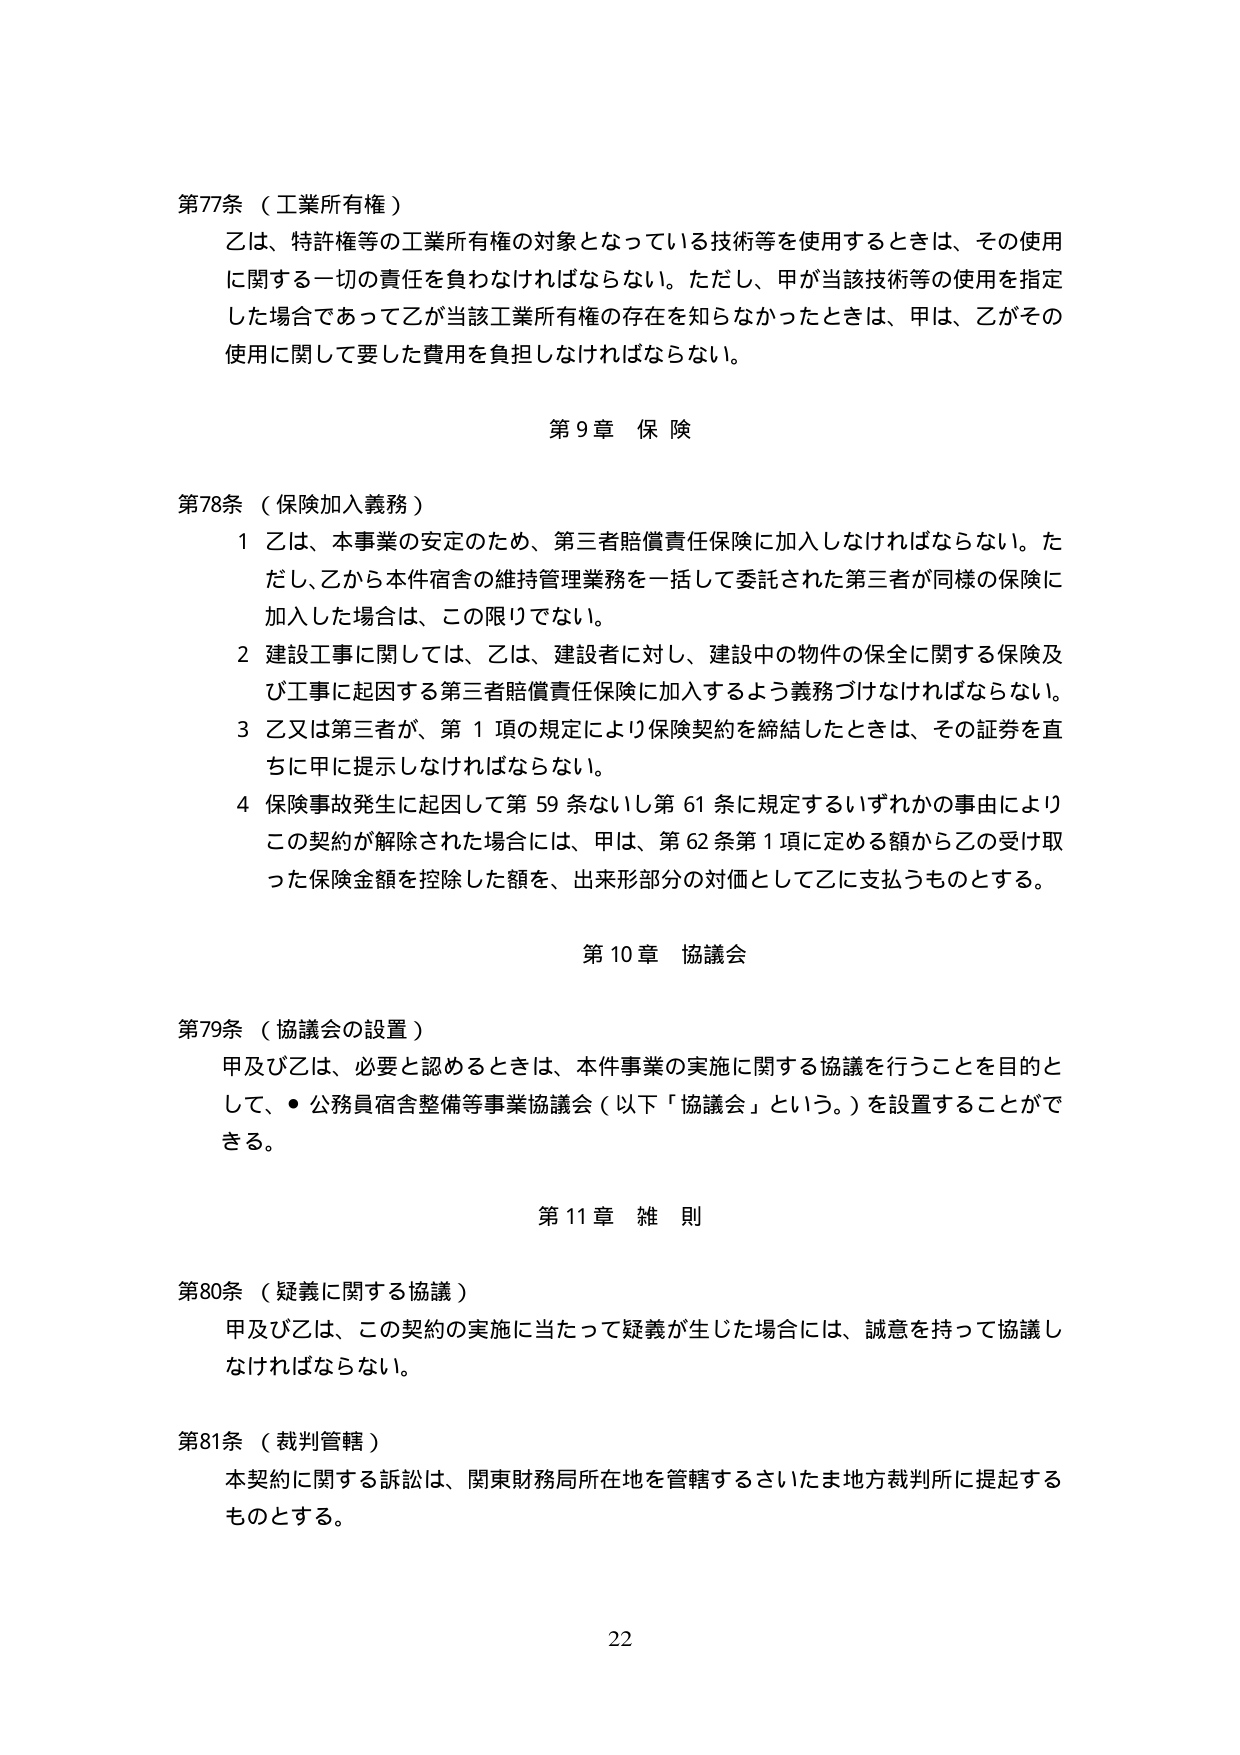
第77条（工業所有権）
乙は、特許権等の工業所有権の対象となっている技術等を使用するときは、その使用に関する一切の責任を負わなければならない。ただし、甲が当該技術等の使用を指定した場合であって乙が当該工業所有権の存在を知らなかったときは、甲は、乙がその使用に関して要した費用を負担しなければならない。

第9章 保険

第78条（保険加入義務）
1 乙は、本事業の安定のため、第三者賠償責任保険に加入しなければならない。ただし、乙から本件宿舎の維持管理業務を一括して委託された第三者が同様の保険に加入した場合は、この限りでない。
2 建設工事に関しては、乙は、建設者に対し、建設中の物件の保全に関する保険及び工事に起因する第三者賠償責任保険に加入するよう義務づけなければならない。
3 乙又は第三者が、第1項の規定により保険契約を締結したときは、その証券を直ちに甲に提示しなければならない。
4 保険事故発生に起因して第59条ないし第61条に規定するいずれかの事由によりこの契約が解除された場合には、甲は、第62条第1項に定める額から乙の受け取った保険金額を控除した額を、出来形部分の対価として乙に支払うものとする。

第10章 協議会

第79条（協議会の設置）
甲及び乙は、必要と認めるときは、本件事業の実施に関する協議を行うことを目的として、・公務員宿舎整備等事業協議会（以下「協議会」という。）を設置することができる。

第11章 雑則

第80条（疑義に関する協議）
甲及び乙は、この契約の実施に当たって疑義が生じた場合には、誠意を持って協議しなければならない。

第81条（裁判管轄）
本契約に関する訴訟は、関東財務局所在地を管轄するさいたま地方裁判所に提起するものとする。

22